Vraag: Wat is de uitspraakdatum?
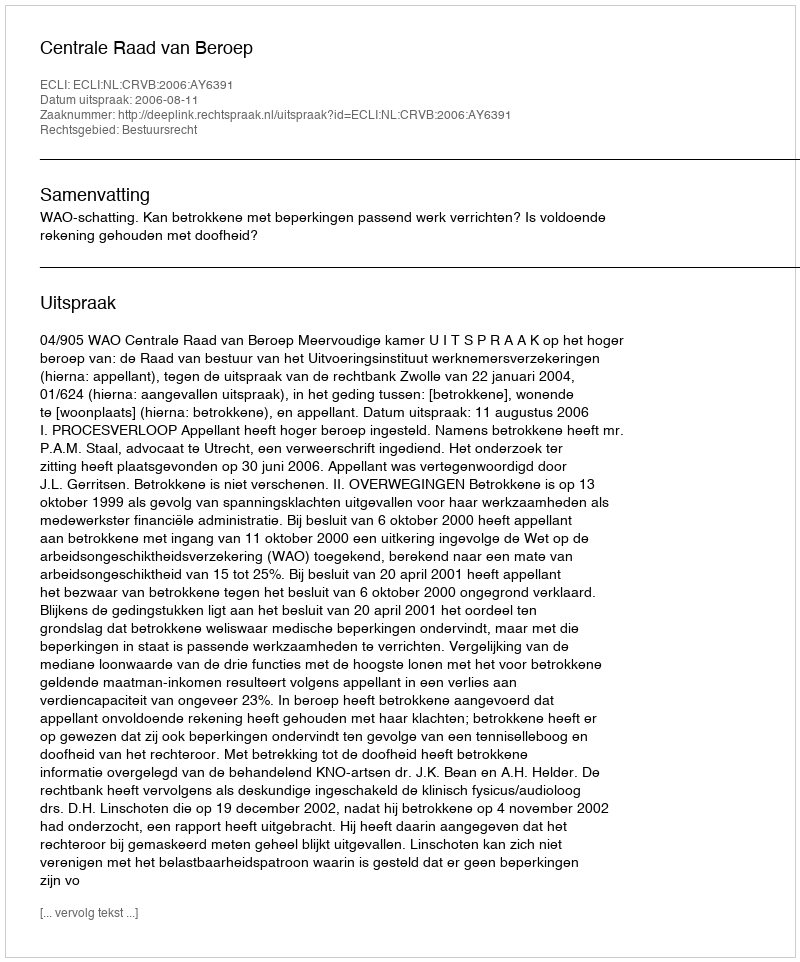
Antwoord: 2006-08-11